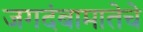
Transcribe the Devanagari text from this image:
जगदंबामातेचे